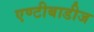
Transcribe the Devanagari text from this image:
एण्टीबाडीज